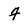
Character: F